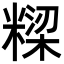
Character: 𮇹